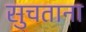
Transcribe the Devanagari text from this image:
सुचताना